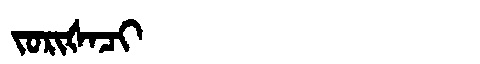
Manchu: ᠵᠣᡵᡳᡧᠠᠴᡳ
Romanization: JORIŠACI